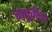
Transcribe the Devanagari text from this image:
तत्पूर्वीचा